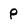
Character: P